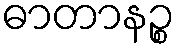
ဓာတာနဉ္စ